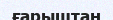
ғарыштан